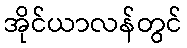
အိုင်ယာလန်တွင်